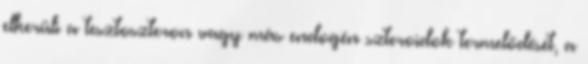
elkerüli a tesztoszteron vagy más endogén szteroidok termelődését, a